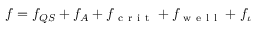
f = f _ { Q S } + f _ { A } + f _ { \mathrm { ~ c ~ r ~ i ~ t ~ } } + f _ { \mathrm { ~ w ~ e ~ l ~ l ~ } } + f _ { \iota }